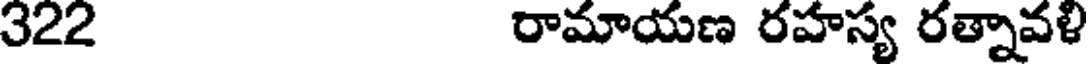
322 రామాయణ రహస్య రత్నావళి